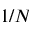
1 / N